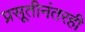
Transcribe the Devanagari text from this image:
प्रसूतीनंतरही